Civil Veterinary Dept. Assam report 1927-50 - 1927-1950
Year: 1927
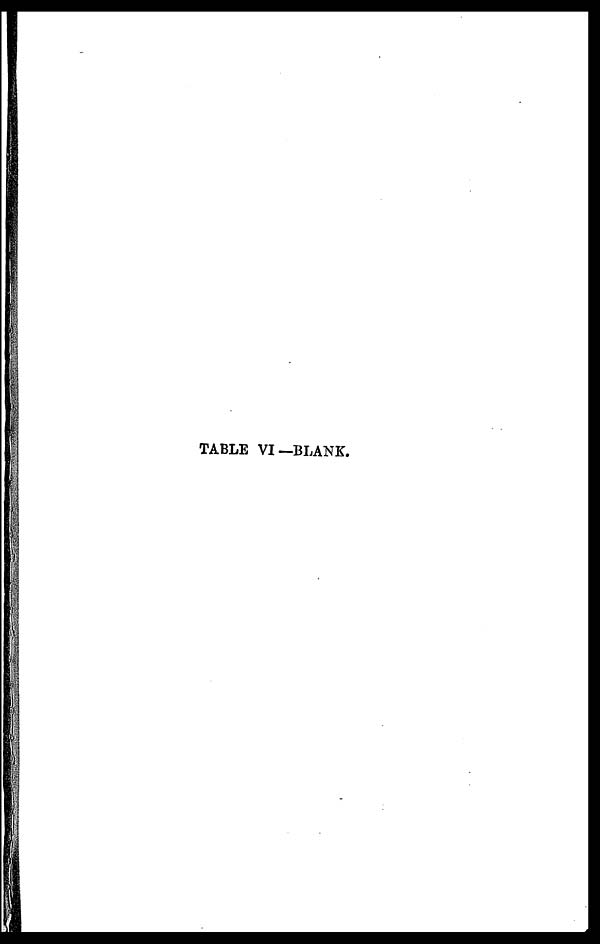
TABLE VI—BLANK.